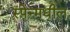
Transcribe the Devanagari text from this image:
स्पेन्मधील